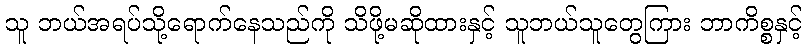
သူ ဘယ်အရပ်သို့ရောက်နေသည်ကို သိဖို့မဆိုထားနှင့် သူဘယ်သူတွေကြား ဘာကိစ္စနှင့်